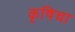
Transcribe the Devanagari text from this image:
कृषिचा